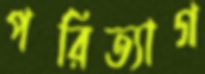
পরিত্যাগ